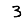
Digit: 3